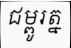
ជម្ពូរត្ន